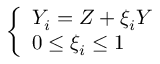
\left\{ \begin{array} { l } { { Y _ { i } = Z + \xi _ { i } Y } } \\ { { 0 \leq \xi _ { i } \leq 1 } } \end{array} \right.